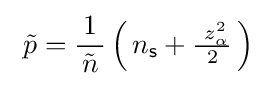
\ {\tilde {p}}={\frac {1}{\!\ {\tilde {n}}\!\ }}\left(\!\ n_{\mathsf {s}}+{\tfrac {\ z_{\alpha }^{2}}{2}}\!\ \right)\